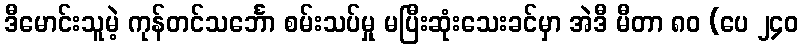
ဒီမောင်းသူမဲ့ ကုန်တင်သင်္ဘော စမ်းသပ်မှု မပြီးဆုံးသေးခင်မှာ အဲဒီ မီတာ ၈၀ (ပေ ၂၄၀